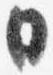
日